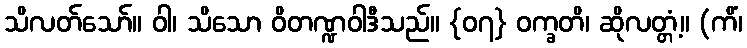
သိလတ်သော်။ ဝါ၊ သိသော ဝိတဏ္ဍဝါဒီသည်။ {၀၇} ဝက္ခတိ၊ ဆိုလတ္တံ့။ (ကိံ၊